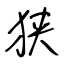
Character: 狭